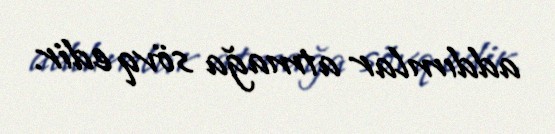
addımlar atmağa sövq edir.